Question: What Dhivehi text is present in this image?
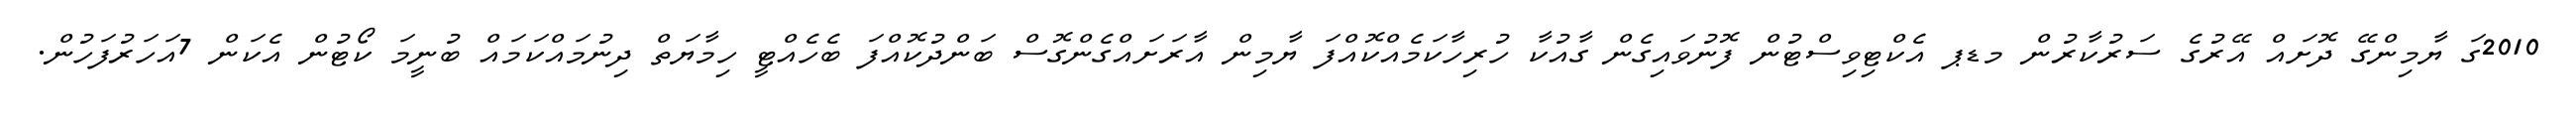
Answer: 2010ގަ ޔާމިންގޭ ދޮށައް އޭރުގެ ސަރުކާރުން މޑޕ އެކްޓިވިސްޓުން ފޮނުވައިގެން ގާއުކާ ހުރިހާކަމެއްކޮއްފަ ޔާމިން އާރަށައްގެންގޮސް ބަންދުކޮއްފަ ބެހެއްޓީ ހިމާޔަތް ދިނުމައްކަމައް ބުނީމަ ކޯޓުން އެކަން 7އަހަރުފަހުން.